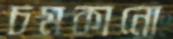
চমকানো